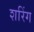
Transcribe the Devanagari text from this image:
शरिंग